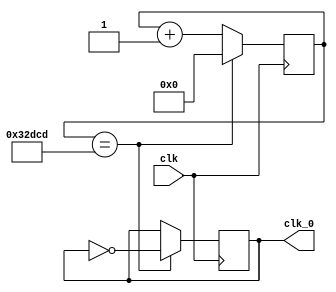
`timescale 1ns / 1ps

module clk_div1(clk,clk_0);
input clk;
output reg clk_0 = 0;
reg [32:0] k = 0;
always@(posedge clk) begin
	if(k == 208333) begin
		k <= 0;
		clk_0 = ~clk_0;
	end
	else begin
		k <= k + 1;
	end
end

endmodule